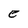
Character: e